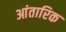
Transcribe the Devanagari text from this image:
आंतारिक